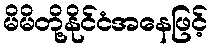
မိမိတို့နိုင်ငံအနေဖြင့်